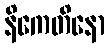
နိကေတိနော